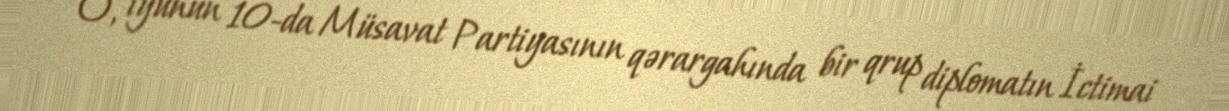
O, iyunun 10-da Müsavat Partiyasının qərargahında bir qrup diplomatın İctimai